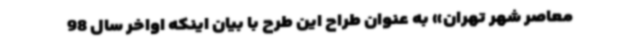
معاصر شهر تهران» به عنوان طراح این طرح با بیان اینکه اواخر سال 98